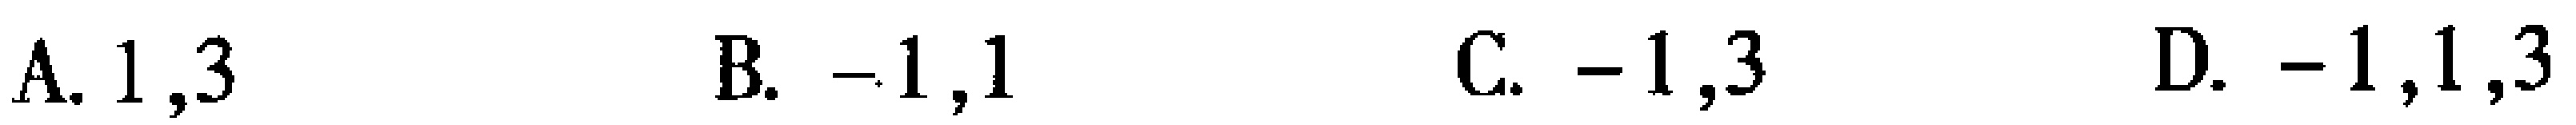
A. \(1,3\)  B. \(-1,1\)  C. \(-1,3\)  D. \(-1,1,3\)